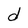
Character: d